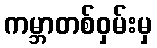
ကမ္ဘာတစ်ဝှမ်းမှ